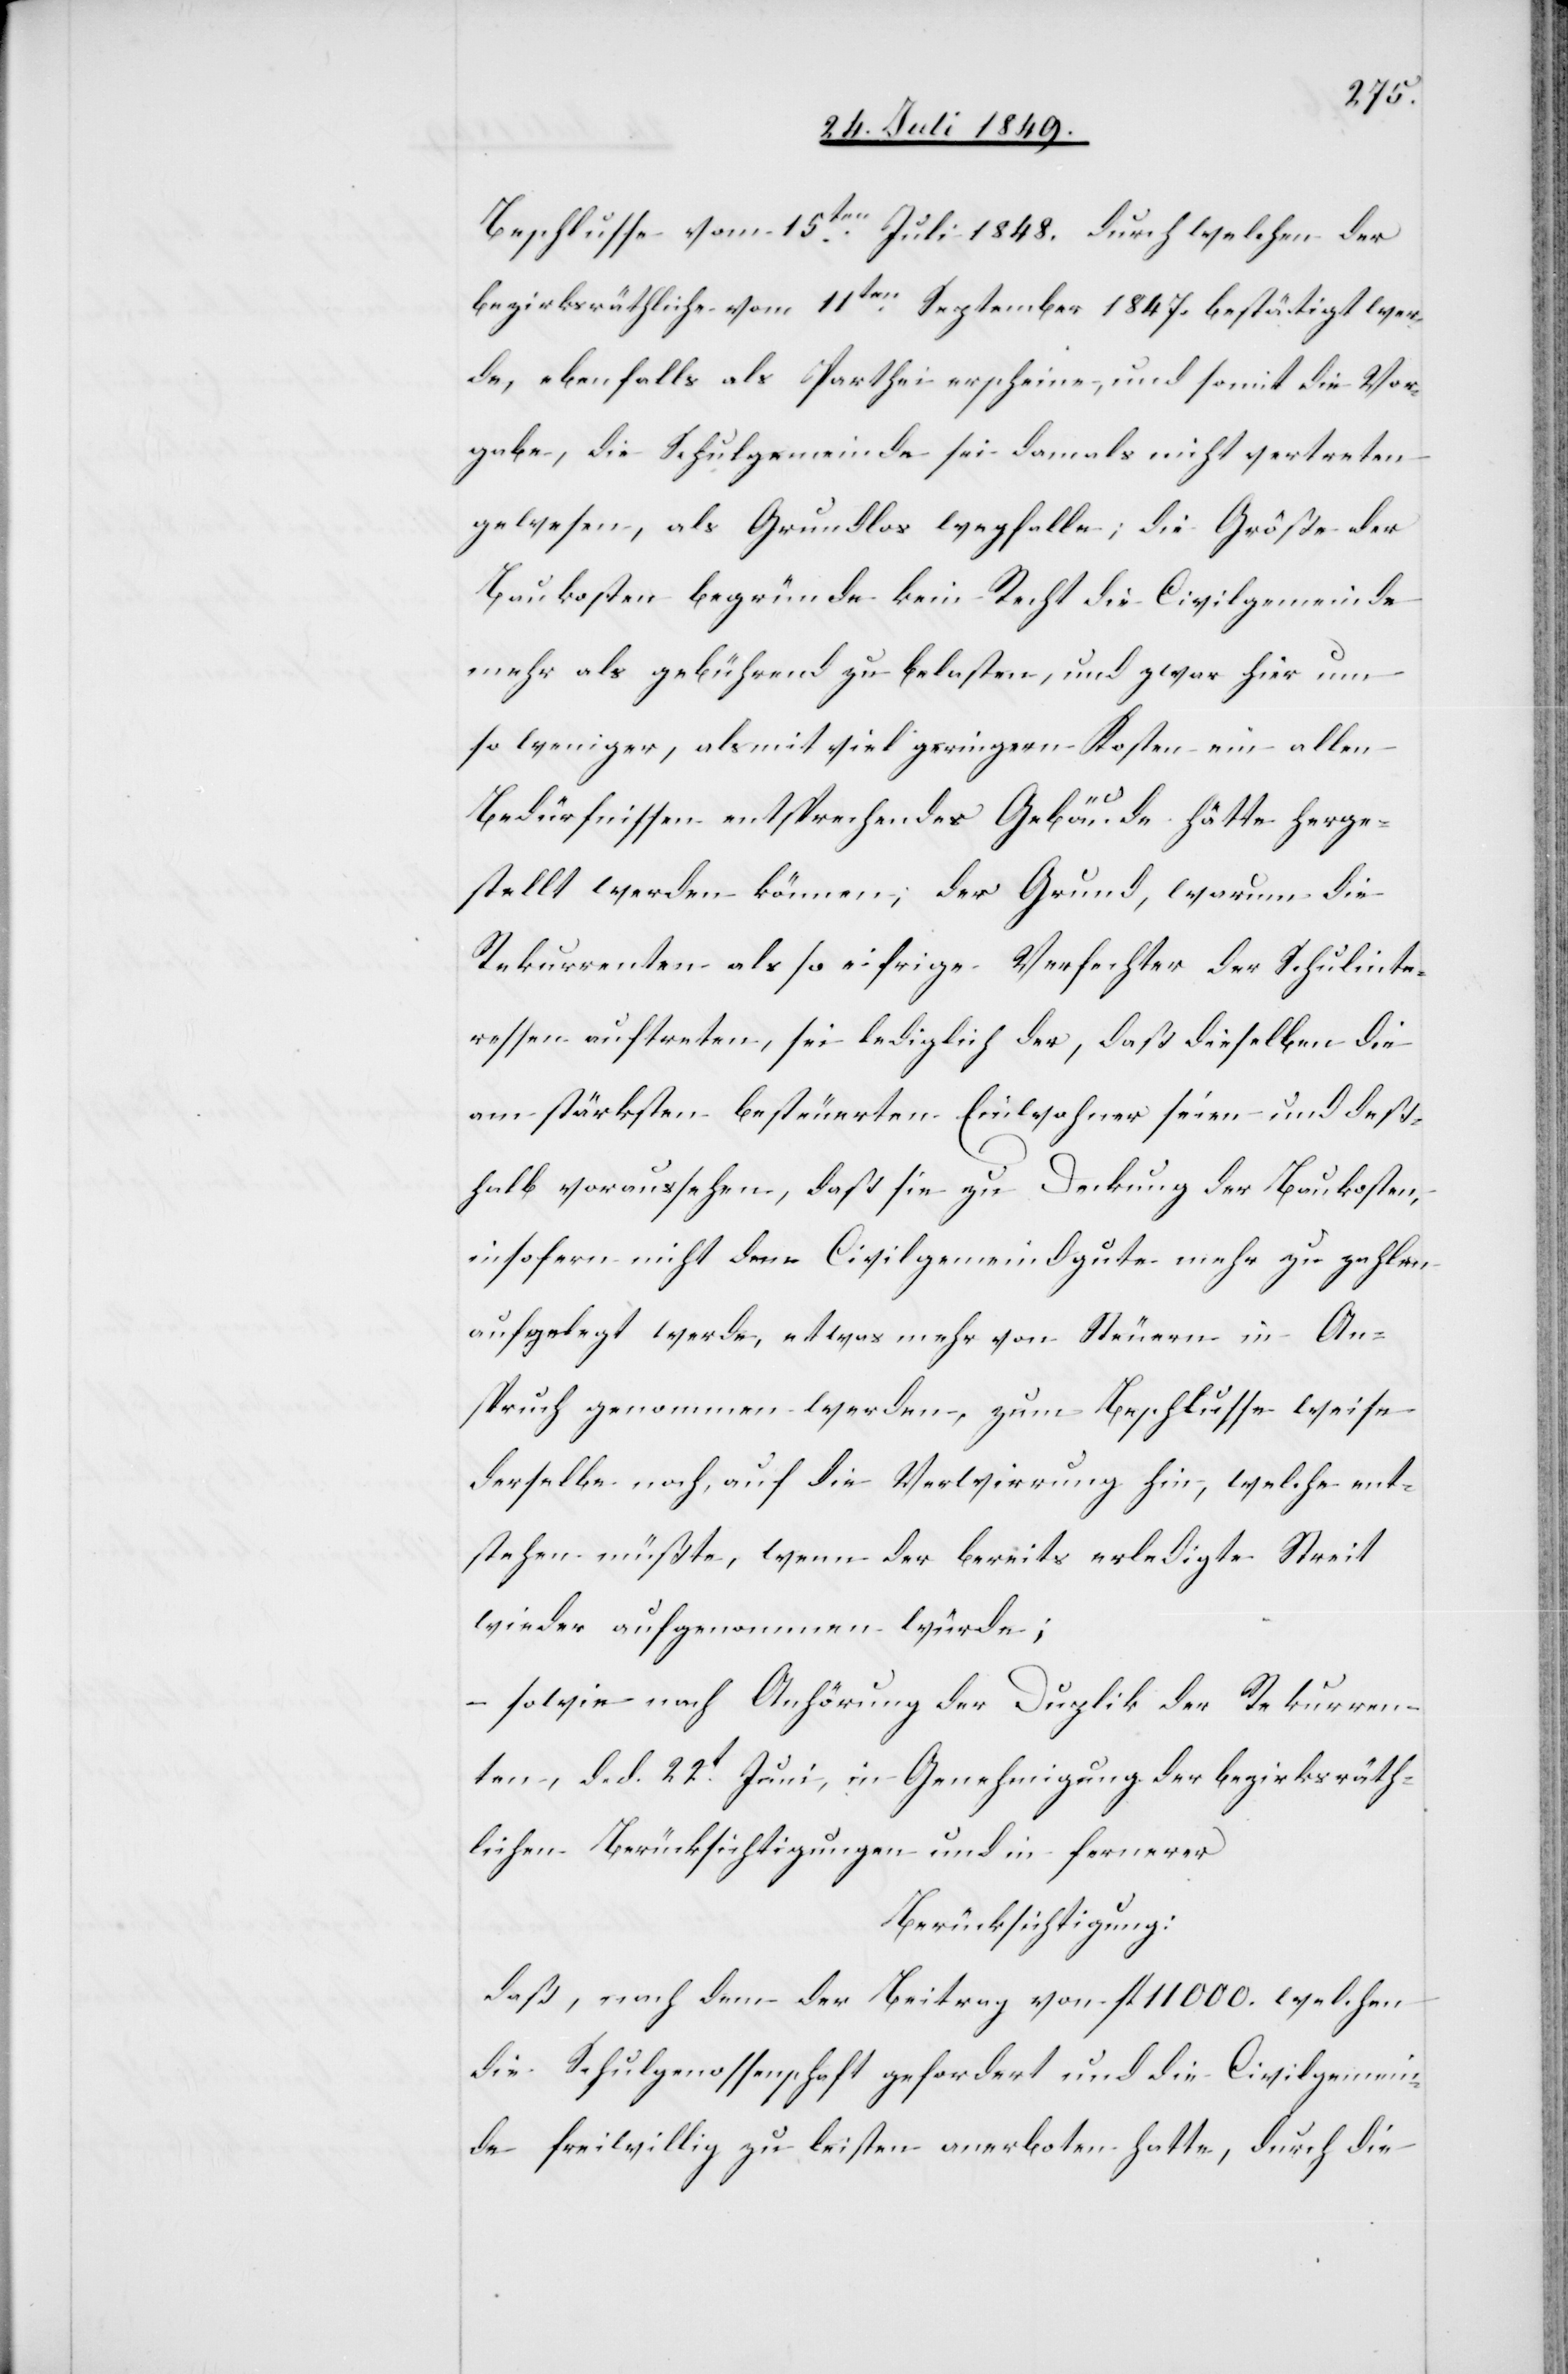
Beschlusse vom 15ten Juli 1848. durch welchen der
bezirksräthliche vom 11ten September 1847. bestätigt wer¬
de, ebenfalls als Parthei erscheine, und somit die Vor¬
gabe, die Schulgemeinde sei damals nicht vertreten
gewesen, als Grundlos wegfalle; die Größe der
Baukosten begründe kein Recht die Civilgemeinde
mehr als gebührend zu belasten, und zwar hier um
so weniger, als mit viel geringern Kosten ein allen
Bedürfnissen entsprechendes Gebäude hätte herge¬
stellt werden können; der Grund, warum die
Rekurrenten als so eifrige Verfechter der Schulinte¬
ressen auftreten, sei lediglich der, daß dieselben die
am stärksten besteuerten Einwohner seien und deß¬
halb voraussehen, daß sie zu Deckung der Baukosten,
insofern nicht den Civilgemeindgute mehr zu zahlen
aufgelegt werde, etwas mehr von Steuern in An¬
spruch genommen werden, zum Beschlusse weise
derselbe noch, auf die Verwirrung hin, welche ent¬
stehen müßte, wenn der bereits erledigte Streit
wieder aufgenommen würde;
– sowie nach Anhörung der Duplik der Rekurren¬
ten, d. d. 22t Juni, in Genehmigung der bezirksräth¬
lichen Berücksichtigung und in fernerer
Berücksichtigung:
daß, nach dem der Beitrag von fl. 11 000. welchen
die Schulgenossenschaft gefordert und die Civilgemein¬
de freiwillig zu leisten anerboten hatte, durch die